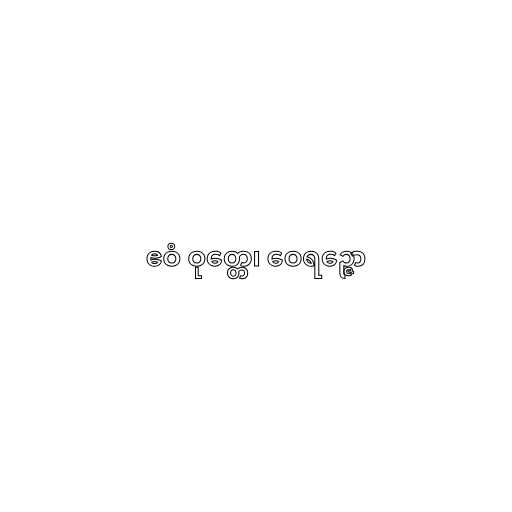
ဧဝံ ဝုတ္တေ၊ ဝေရဉ္ဇော